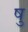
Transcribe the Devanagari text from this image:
षु